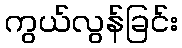
ကွယ်လွန်ခြင်း